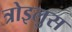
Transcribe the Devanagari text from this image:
त्रोइलुस